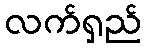
လက်ရှည်